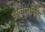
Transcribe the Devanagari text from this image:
आवाजापेक्षा